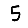
Digit: 5